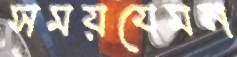
সময়যেমন